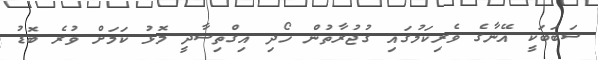
ސަބަބަކީ އޭނާގެ ވެރިކަމުގައި ގުޖުރާތުން ހޯދި އިގްތިސާދީ މޮޅު ކަމަށް ވުރެ ބޮޑު